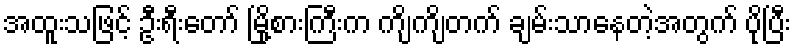
အထူးသဖြင့် ဦးရီးတော် မြို့စားကြီးက ကျိကျိတက် ချမ်းသာနေတဲ့အတွက် ပိုပြီး